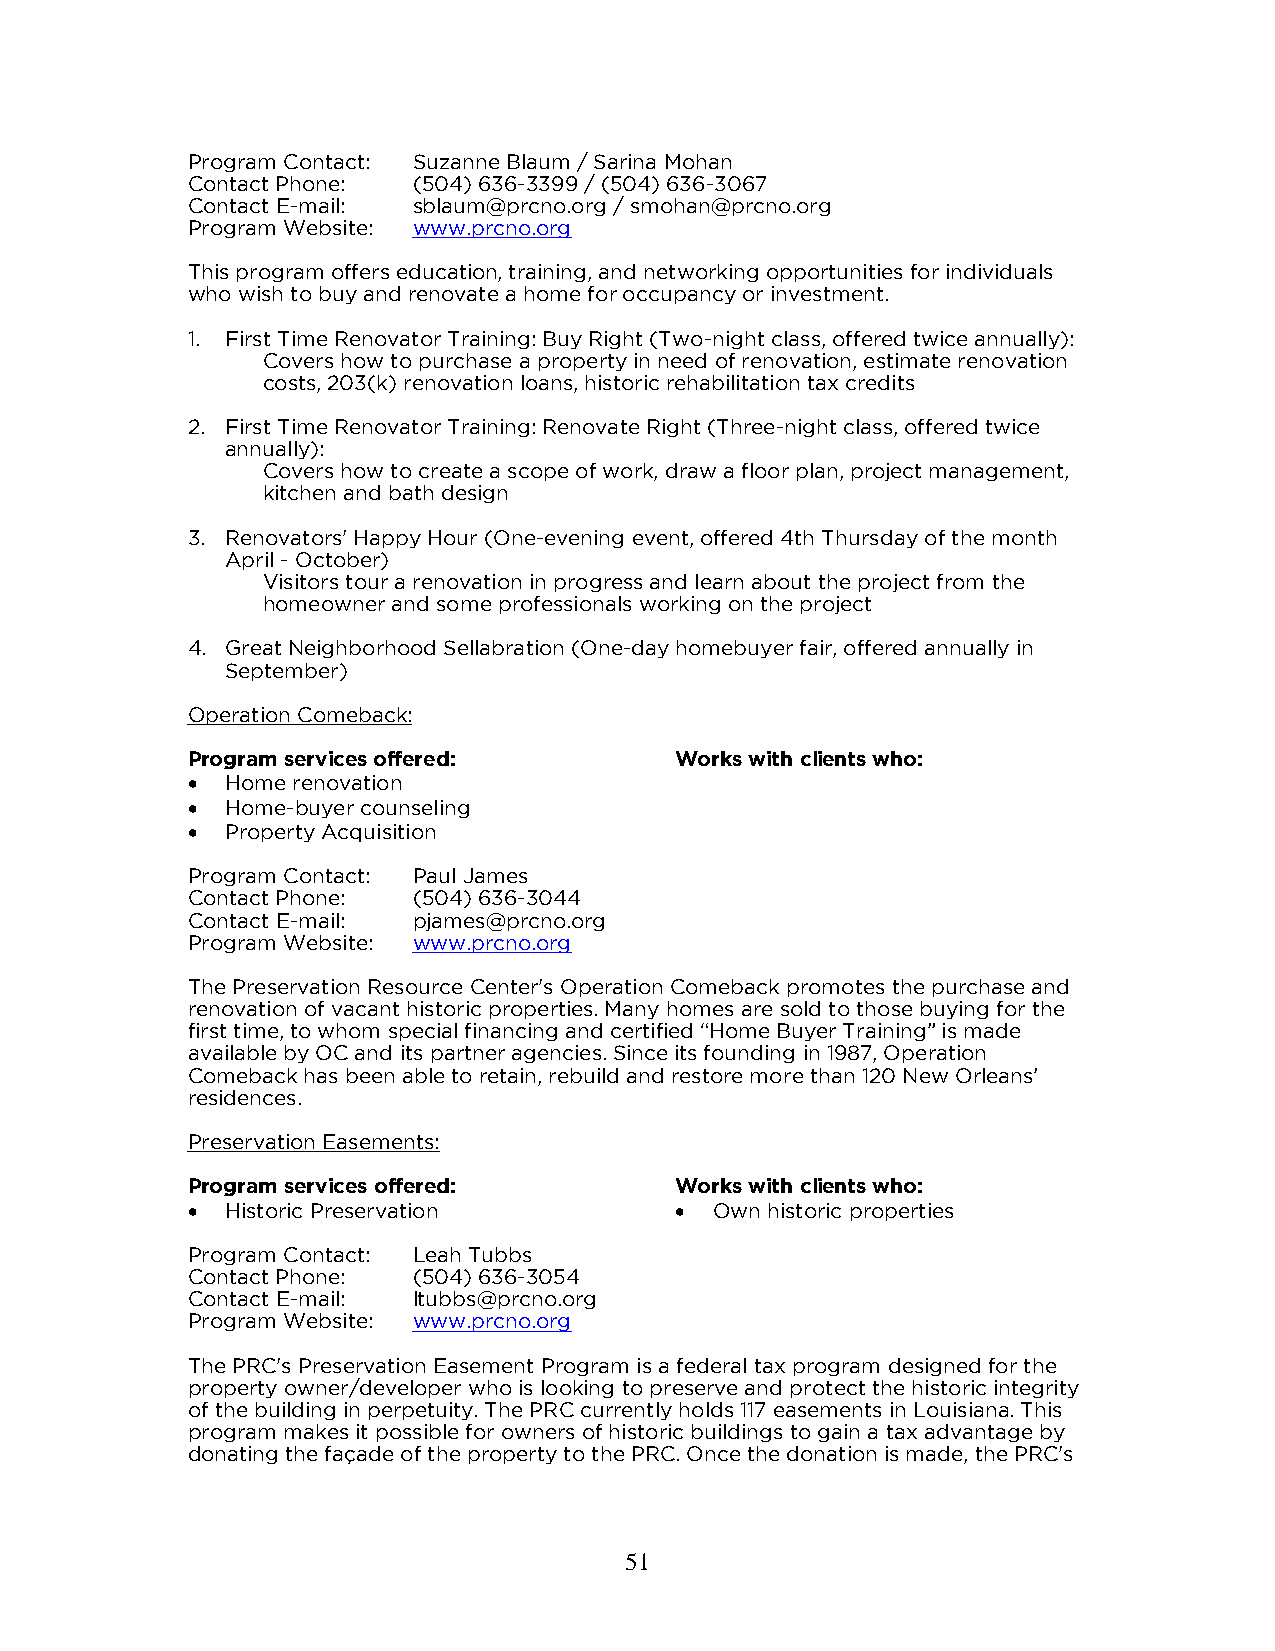
Program Contact: Suzanne Blaum / Sarina Mohan
 Contact Phone: (504) 636-3399 / (504) 636-3067
 Contact E-mail: sblaum@prcno.org / smohan@prcno.org
 Program Website: www.prcno.org
 This program offers education, training, and networking opportunities for individuals
 who wish to buy and renovate a home for occupancy or investment.
 1. First Time Renovator Training: Buy Right (Two-night class, offered twice annually):
 Covers how to purchase a property in need of renovation, estimate renovation
 costs, 203(k) renovation loans, historic rehabilitation tax credits
 2. First Time Renovator Training: Renovate Right (Three-night class, offered twice
 annually):
 Covers how to create a scope of work, draw a floor plan, project management,
 kitchen and bath design
 3. Renovators' Happy Hour (One-evening event, offered 4th Thursday of the month
 April - October)
 Visitors tour a renovation in progress and learn about the project from the
 homeowner and some professionals working on the project
 4. Great Neighborhood Sellabration (One-day homebuyer fair, offered annually in
 September)
 Operation Comeback:
 Program services offered:        Works with clients who:
   Home renovation
   Home-buyer counseling
   Property Acquisition
 Program Contact: Paul James
 Contact Phone: (504) 636-3044
 Contact E-mail: pjames@prcno.org
 Program Website: www.prcno.org
 The Preservation Resource Center's Operation Comeback promotes the purchase and
 renovation of vacant historic properties. Many homes are sold to those buying for the
 first time, to whom special financing and certified “Home Buyer Training” is made
 available by OC and its partner agencies. Since its founding in 1987, Operation
 Comeback has been able to retain, rebuild and restore more than 120 New Orleans’
 residences.
 Preservation Easements:
 Program services offered:        Works with clients who:
   Historic Preservation          Own historic properties
 Program Contact: Leah Tubbs
 Contact Phone: (504) 636-3054
 Contact E-mail: ltubbs@prcno.org
 Program Website: www.prcno.org
 The PRC's Preservation Easement Program is a federal tax program designed for the
 property owner/developer who is looking to preserve and protect the historic integrity
 of the building in perpetuity. The PRC currently holds 117 easements in Louisiana. This
 program makes it possible for owners of historic buildings to gain a tax advantage by
 donating the façade of the property to the PRC. Once the donation is made, the PRC's
 51